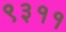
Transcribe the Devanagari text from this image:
९३११